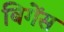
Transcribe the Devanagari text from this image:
बिगेंस